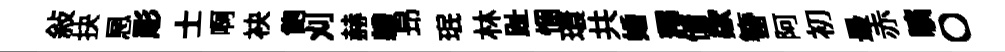
敍抉㤙彫士啊袂飽刈赫軆昻珉林趾悃環共婚釋储歘簪阿初最赤曠〇